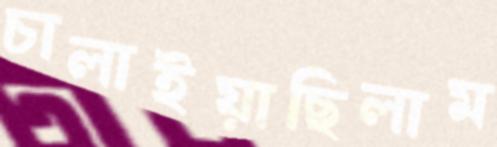
চালাইয়াছিলাম